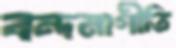
বন্দনাগীতি